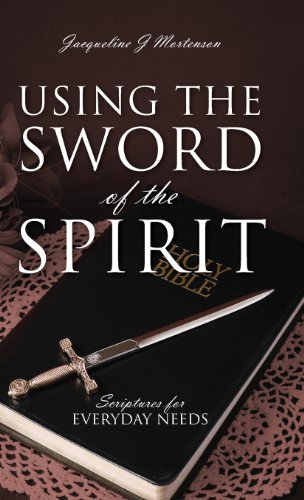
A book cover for Using the Sword of the Spirit: Scriptures for Everyday Needs; Jacqueline J. Mortenson; Religion & Spirituality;